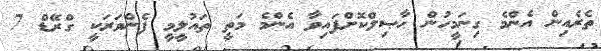
ތެރެއިން އެންމެ ގިނަމީހުން ޙާޞިލްކޮށްފައިވާ އެންމެ މަތީ ތައުލީމީ ފެންވަރަކީ ގްރޭޑް 7